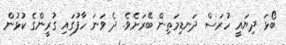
ބޯޅަ ދިޔައީ ހުރަސް ދަނޑިމަތިން ބޭރަށެވެ. ދެ ވަނަ ހާފުގައި ގުރީންގެ ކުޅުން